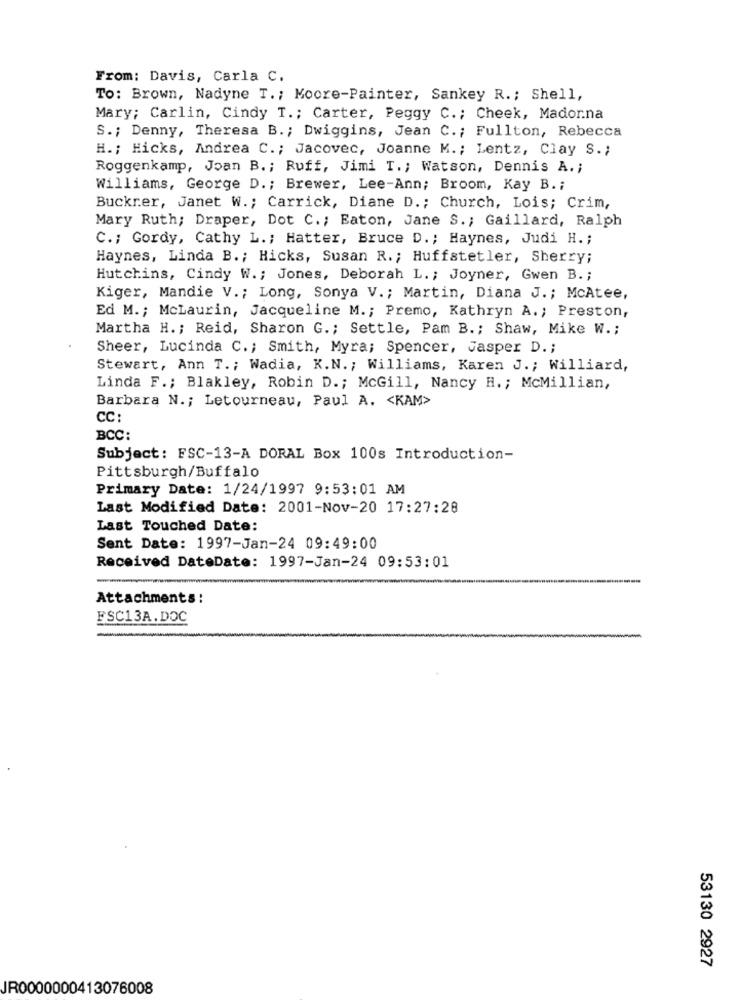
From: Davis, Carla C.
To: Brown, Nadyne T .; Moore-Painter, Sankey R .; Shell,
Mary; Carlin, Cindy T .; Carter, Peggy C .; Cheek, Madonna
S .; Denny, Theresa B .; Dwiggins, Jean C .; Fullton, Rebecca
H .; Hicks, Andrea C .; Jacovec, Joanne M .; Lentz, Clay S .;
Roggenkamp, Joan B .; Ruff, Jimi T .; Watson, Dennis A .;
Williams, George D .; Brewer, Lee-Ann; Broom, Kay B. ;
Buckrer, Janet W .; Carrick, Diane D .; Church, Lois; Crim,
Mary Ruth; Draper, Dot C .; Eaton, Jane S .; Gaillard, Ralph
C .; Gordy, Cathy L .; Hatter, Bruce D .; Haynes, Judi H .;
Haynes, Linda B .; Hicks, Susan R .; Huffstetler, Sherry;
Hutchins, Cindy W .; Jones, Deborah L .; Joyner, Gwen B .;
Kiger, Mandie V .; Long, Sonya V .; Martin, Diana J .; McAtee,
Ed M .; McLaurin, Jacqueline M .; Premo, Kathryn A .; Preston,
Martha H .; Reid, Sharon G .; Settle, Pam B .; Shaw, Mike W .;
Sheer, Lucinda C .; Smith, Myra; Spencer, Jasper D .;
Stewart, Ann T .; Wadia, K.N .; Williams, Karen J .; Williard,
Linda F .; Blakley, Robin D .; McGill, Nancy H .; McMillian,
Barbara N .; Letourneau, Paul A. < KAM>
CC:
BCC:
Subject: FSC-13-A DORAL Box 100s Introduction-
Pittsburgh/Buffalo
Primary Date: 1/24/1997 9:53:01 AM
Last Modified Date: 2001-Nov-20 17:27:28
Last Touched Date:
Sent Date: 1997-Jan-24 09:49:00
Received DateDate: 1997-Jan-24 09:53:01
Attachments :
FSC13A.DOC
53130 2927
JR0000000413076008